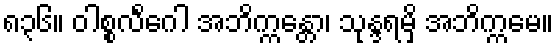
၈၃၆။ ဝါစ္စလိင်္ဂေါ အဘိက္ကန္တော၊ သုန္ဒရမှိ အဘိက္ကမေ။